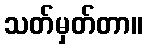
သတ်မှတ်တာ။